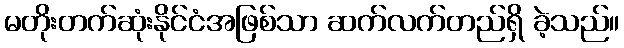
မတိုးတက်ဆုံးနိုင်ငံအဖြစ်သာ ဆက်လက်တည်ရှိ ခဲ့သည်။